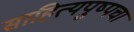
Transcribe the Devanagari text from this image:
साहित्यपुष्पचा